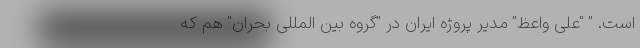
است. " "علی واعظ" مدیر پروژه ایران در "گروه بین المللی بحران" هم که